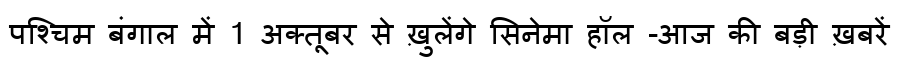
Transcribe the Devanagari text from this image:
पश्चिम बंगाल में 1 अक्तूबर से ख़ुलेंगे सिनेमा हॉल -आज की बड़ी ख़बरें